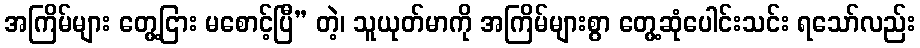
အကြိမ်များ တွေ့ငြား မစောင့်ပြီ” တဲ့၊ သူယုတ်မာကို အကြိမ်များစွာ တွေ့ဆုံပေါင်းသင်း ရသော်လည်း